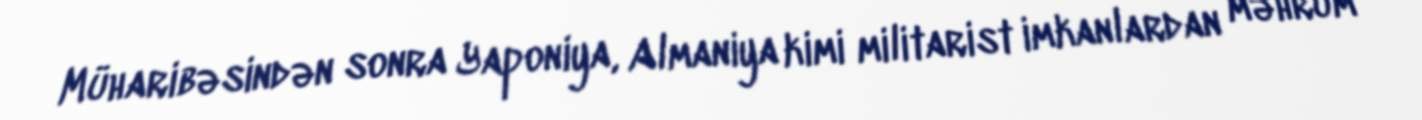
Müharibəsindən sonra Yaponiya, Almaniya kimi militarist imkanlardan məhrum